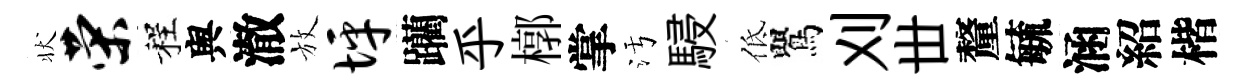
状荣程舆澈放坪躪乎槨掌污駸低鸎刈丗釐毓涵紹楷